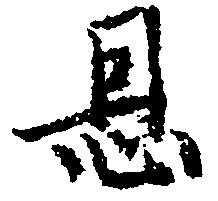
恩